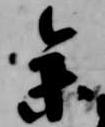
参